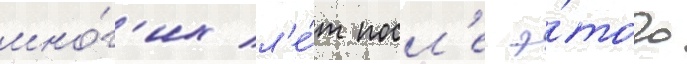
мно́г'их л'е́т посл'е э́того